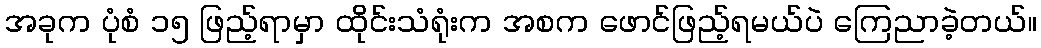
အခုက ပုံစံ ၁၅ ဖြည့်ရာမှာ ထိုင်းသံရုံးက အစက ဖောင်ဖြည့်ရမယ်ပဲ ကြေညာခဲ့တယ်။